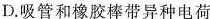
D.吸管和橡胶棒带异种电荷